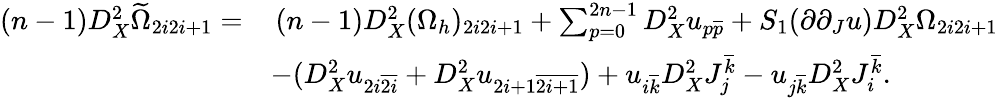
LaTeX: \begin{array}{rl}{(n-1)D_{X}^{2}\widetilde{\Omega}_{2i2i+1}=}&{\, (n-1)D_{X}^{2}(\Omega_{h})_{2i2i+1}+\sum_{p=0}^{2n-1}D_{X}^{2}u_{p\overline{{p}}}+S_{1}(\partial\partial_{J}u)D_{X}^{2}\Omega_{2i2i+1}}\\ &{-(D_{X}^{2}u_{2i\overline{{2i}}}+D_{X}^{2}u_{2i+1\overline{{2i+1}}})+u_{i\overline{{k}}}D_{X}^{2}J_{j}^{\overline{{k}}}-u_{j\overline{{k}}}D_{X}^{2}J_{i}^{\overline{{k}}}.}\end{array}